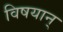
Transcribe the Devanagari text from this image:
विषयान्